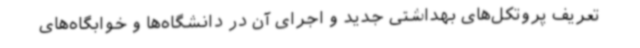
تعریف پروتکل‌های بهداشتی جدید و اجرای آن در دانشگاه‌ها و خوابگاه‌های